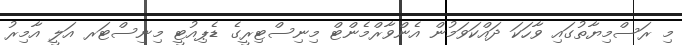
މި ރަސްމިޔާތުގައި ވާހަކަ ދައްކަވަމުން އެންވާރްމެންޓް މިނިސްޓިރީގެ ޑެޕިއުޓީ މިނިސްޓަރ އަލީ އާމިރު